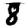
Digit: 8